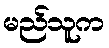
မည်သူက